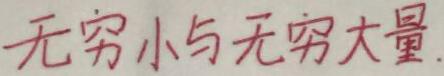
无穷小与无穷大量.